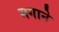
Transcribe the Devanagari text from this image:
मगाने